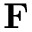
\textbf { F }